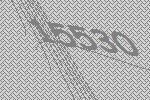
15530